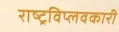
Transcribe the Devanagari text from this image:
राष्ट्रविप्लवकारी